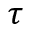
\boldsymbol { \tau }